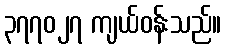
၃၇၇၀၂၇ ကျယ်ဝန်းသည်။